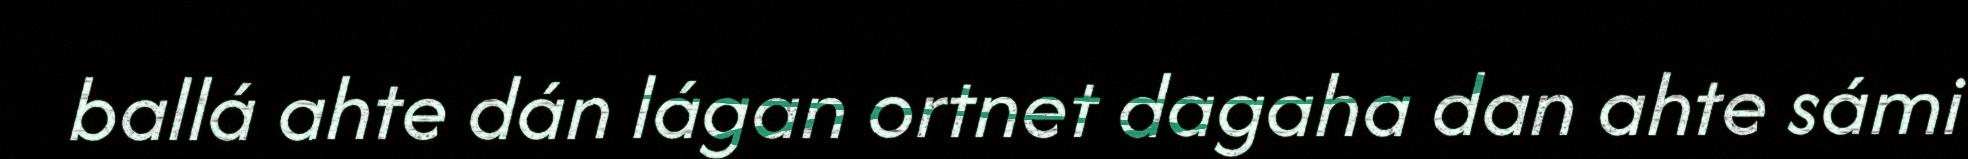
ballá ahte dán lágan ortnet dagaha dan ahte sámi